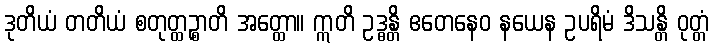
ဒုတိယံ တတိယံ စတုတ္ထဉ္စာတိ အတ္ထော။ ဣတိ ဥဒ္ဓန္တိ ဧတေနေဝ နယေန ဥပရိမံ ဒိသန္တိ ဝုတ္တံ